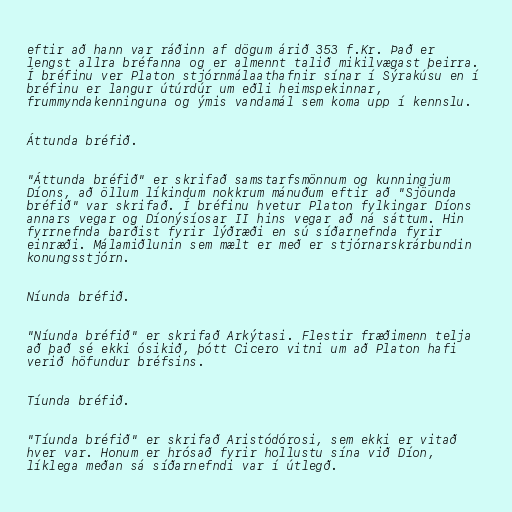
eftir að hann var ráðinn af dögum árið 353 f.Kr. Það er
lengst allra bréfanna og er almennt talið mikilvægast þeirra.
Í bréfinu ver Platon stjórnmálaathafnir sínar í Sýrakúsu en í
bréfinu er langur útúrdúr um eðli heimspekinnar,
frummyndakenninguna og ýmis vandamál sem koma upp í kennslu.

Áttunda bréfið.

"Áttunda bréfið" er skrifað samstarfsmönnum og kunningjum
Díons, að öllum líkindum nokkrum mánuðum eftir að "Sjöunda
bréfið" var skrifað. Í bréfinu hvetur Platon fylkingar Díons
annars vegar og Díonýsíosar II hins vegar að ná sáttum. Hin
fyrrnefnda barðist fyrir lýðræði en sú síðarnefnda fyrir
einræði. Málamiðlunin sem mælt er með er stjórnarskrárbundin
konungsstjórn.

Níunda bréfið.

"Níunda bréfið" er skrifað Arkýtasi. Flestir fræðimenn telja
að það sé ekki ósikið, þótt Cicero vitni um að Platon hafi
verið höfundur bréfsins.

Tíunda bréfið.

"Tíunda bréfið" er skrifað Aristódórosi, sem ekki er vitað
hver var. Honum er hrósað fyrir hollustu sína við Díon,
líklega meðan sá síðarnefndi var í útlegð.